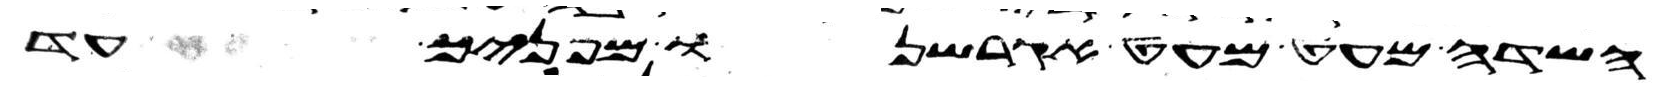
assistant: השדה מעט מעט אגרשנו מפניך עד